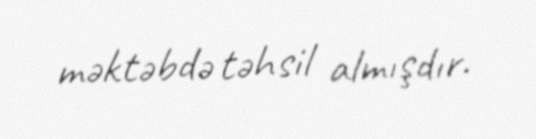
məktəbdə təhsil almışdır.